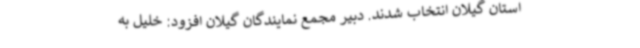
استان گیلان انتخاب شدند. دبیر مجمع نمایندگان گیلان افزود: خلیل به